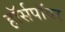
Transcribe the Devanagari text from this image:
ह़ॉर्सपॉवर